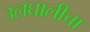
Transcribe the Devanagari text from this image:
उलघालीचा